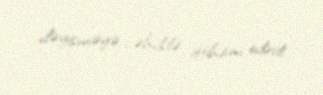
dəyişməyə cəhddə ittiham edirdi.